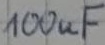
Text: 100uF